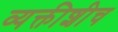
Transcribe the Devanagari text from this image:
व्यक्तीशीच